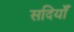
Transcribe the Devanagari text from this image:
सदियोँ